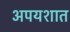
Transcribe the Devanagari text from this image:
अपयशात